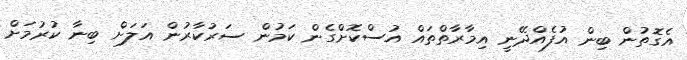
އެގޮތުން ބިން އުފެއްދޭނީ އިމާރާތްތައް އުސްކޮށްގެން ކަމުން ސަރުކާރުން އަލަށް ބިނާ ކުރުމަށް